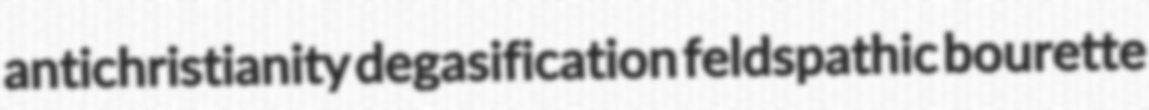
antichristianity degasification feldspathic bourette